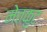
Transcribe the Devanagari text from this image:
मेतकुट